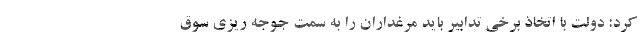
کرد: دولت با اتخاذ برخی تدابیر باید مرغداران را به سمت جوجه ریزی سوق